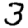
Digit: 3